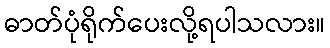
ဓာတ်ပုံရိုက်ပေးလို့ရပါသလား။